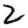
Digit: 2